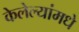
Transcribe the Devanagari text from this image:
केलेल्यांमधे